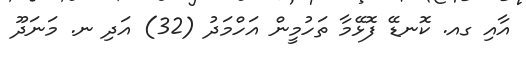
އާއި ގއ. ކޮނޑޭ ފޮޅޭމާ ތަހުމީން އަހްމަދު (32) އަދި ނ. މަނަދޫ